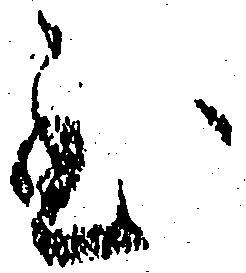
至